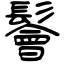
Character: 鬠